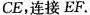
CE，连接EF。